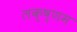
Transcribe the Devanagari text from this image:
लक्ष्णम